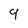
Character: 9